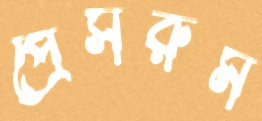
প্রেসরুম